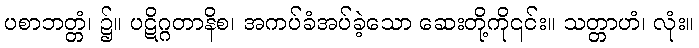
ပစာဘတ္တံ၊ ၌။ ပဋိဂ္ဂတာနိစ၊ အကပ်ခံအပ်ခဲ့သော ဆေးတို့ကို၎င်း။ သတ္တာဟံ၊ လုံး။